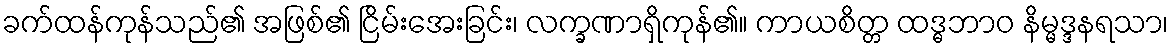
ခက်ထန်ကုန်သည်၏ အဖြစ်၏ ငြိမ်းအေးခြင်း၊ လက္ခဏာရှိကုန်၏။ ကာယစိတ္တ ထဒ္ဓဘာဝ နိမ္မဒ္ဒနရသာ၊